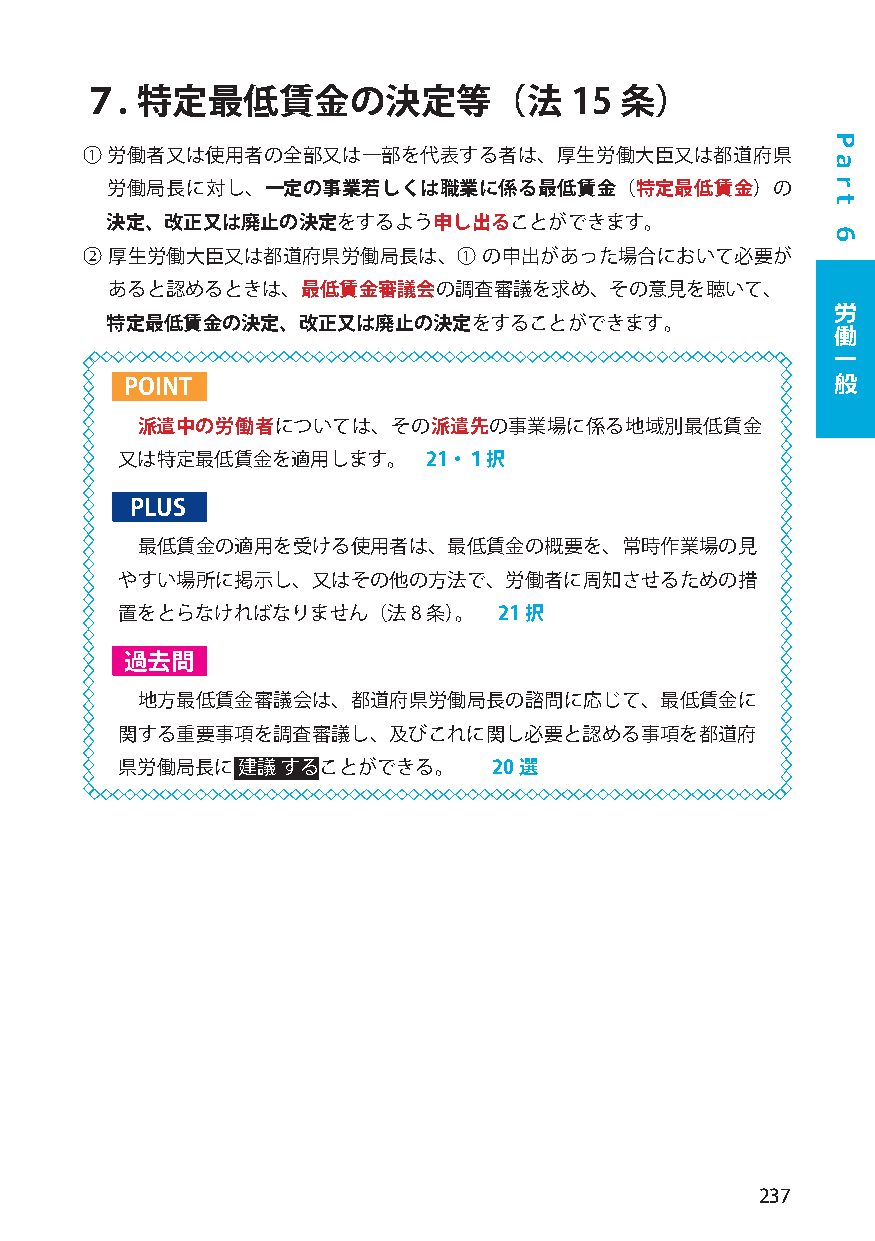
７.  特定最低賃金の決定等（法                 15 条）
 ① 労働者又は使用者の全部又は一部を代表する者は、厚生労働大臣又は都道府県
 労働局長に対し、一定の事業若しくは職業に係る最低賃金（特定最低賃金）の
 決定、改正又は廃止の決定をするよう申し出ることができます。
 ② 厚生労働大臣又は都道府県労働局長は、①      の申出があった場合において必要が
 あると認めるときは、最低賃金審議会の調査審議を求め、その意見を聴いて、
 労
 特定最低賃金の決定、改正又は廃止の決定をすることができます。                  働
 一
 般
 POINT
 派遣中の労働者については、その派遣先の事業場に係る地域別最低賃金
 又は特定最低賃金を適用します。     21・１択
 PLUS
 最低賃金の適用を受ける使用者は、最低賃金の概要を、常時作業場の見
 やすい場所に掲示し、又はその他の方法で、労働者に周知させるための措
 置をとらなければなりません（法8条）。      21択
 過去問
 地方最低賃金審議会は、都道府県労働局長の諮問に応じて、最低賃金に
 関する重要事項を調査審議し、及びこれに関し必要と認める事項を都道府
 県労働局長に  建議 することができる。     20選
 237
 P
 a
 r
 t
 6